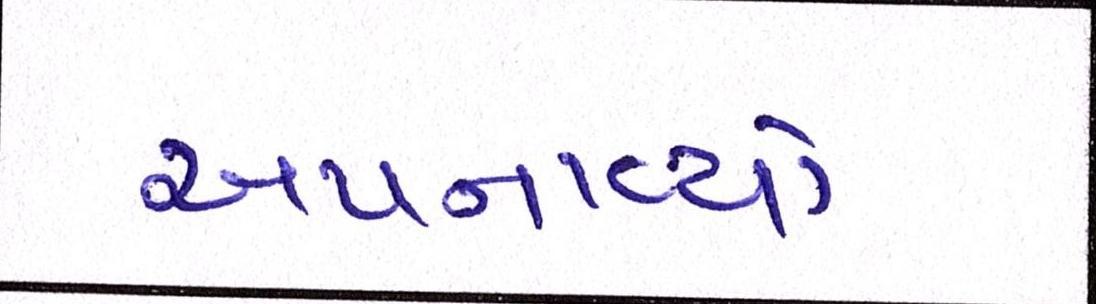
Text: અપનાવ્યો